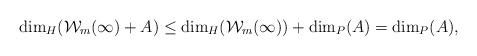
LaTeX: \begin{align*}\dim_H(\mathcal{W}_m(\infty)+ A)\leq \dim_H( \mathcal{W}_m(\infty) ) + \dim_P(A)= \dim_P(A),\end{align*}